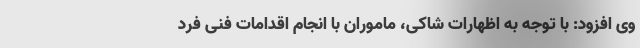
وی افزود: با توجه به اظهارات شاکی، ماموران با انجام اقدامات فنی فرد